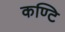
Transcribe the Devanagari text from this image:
कण्टि